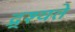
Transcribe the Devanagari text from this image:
द्र्श्यते